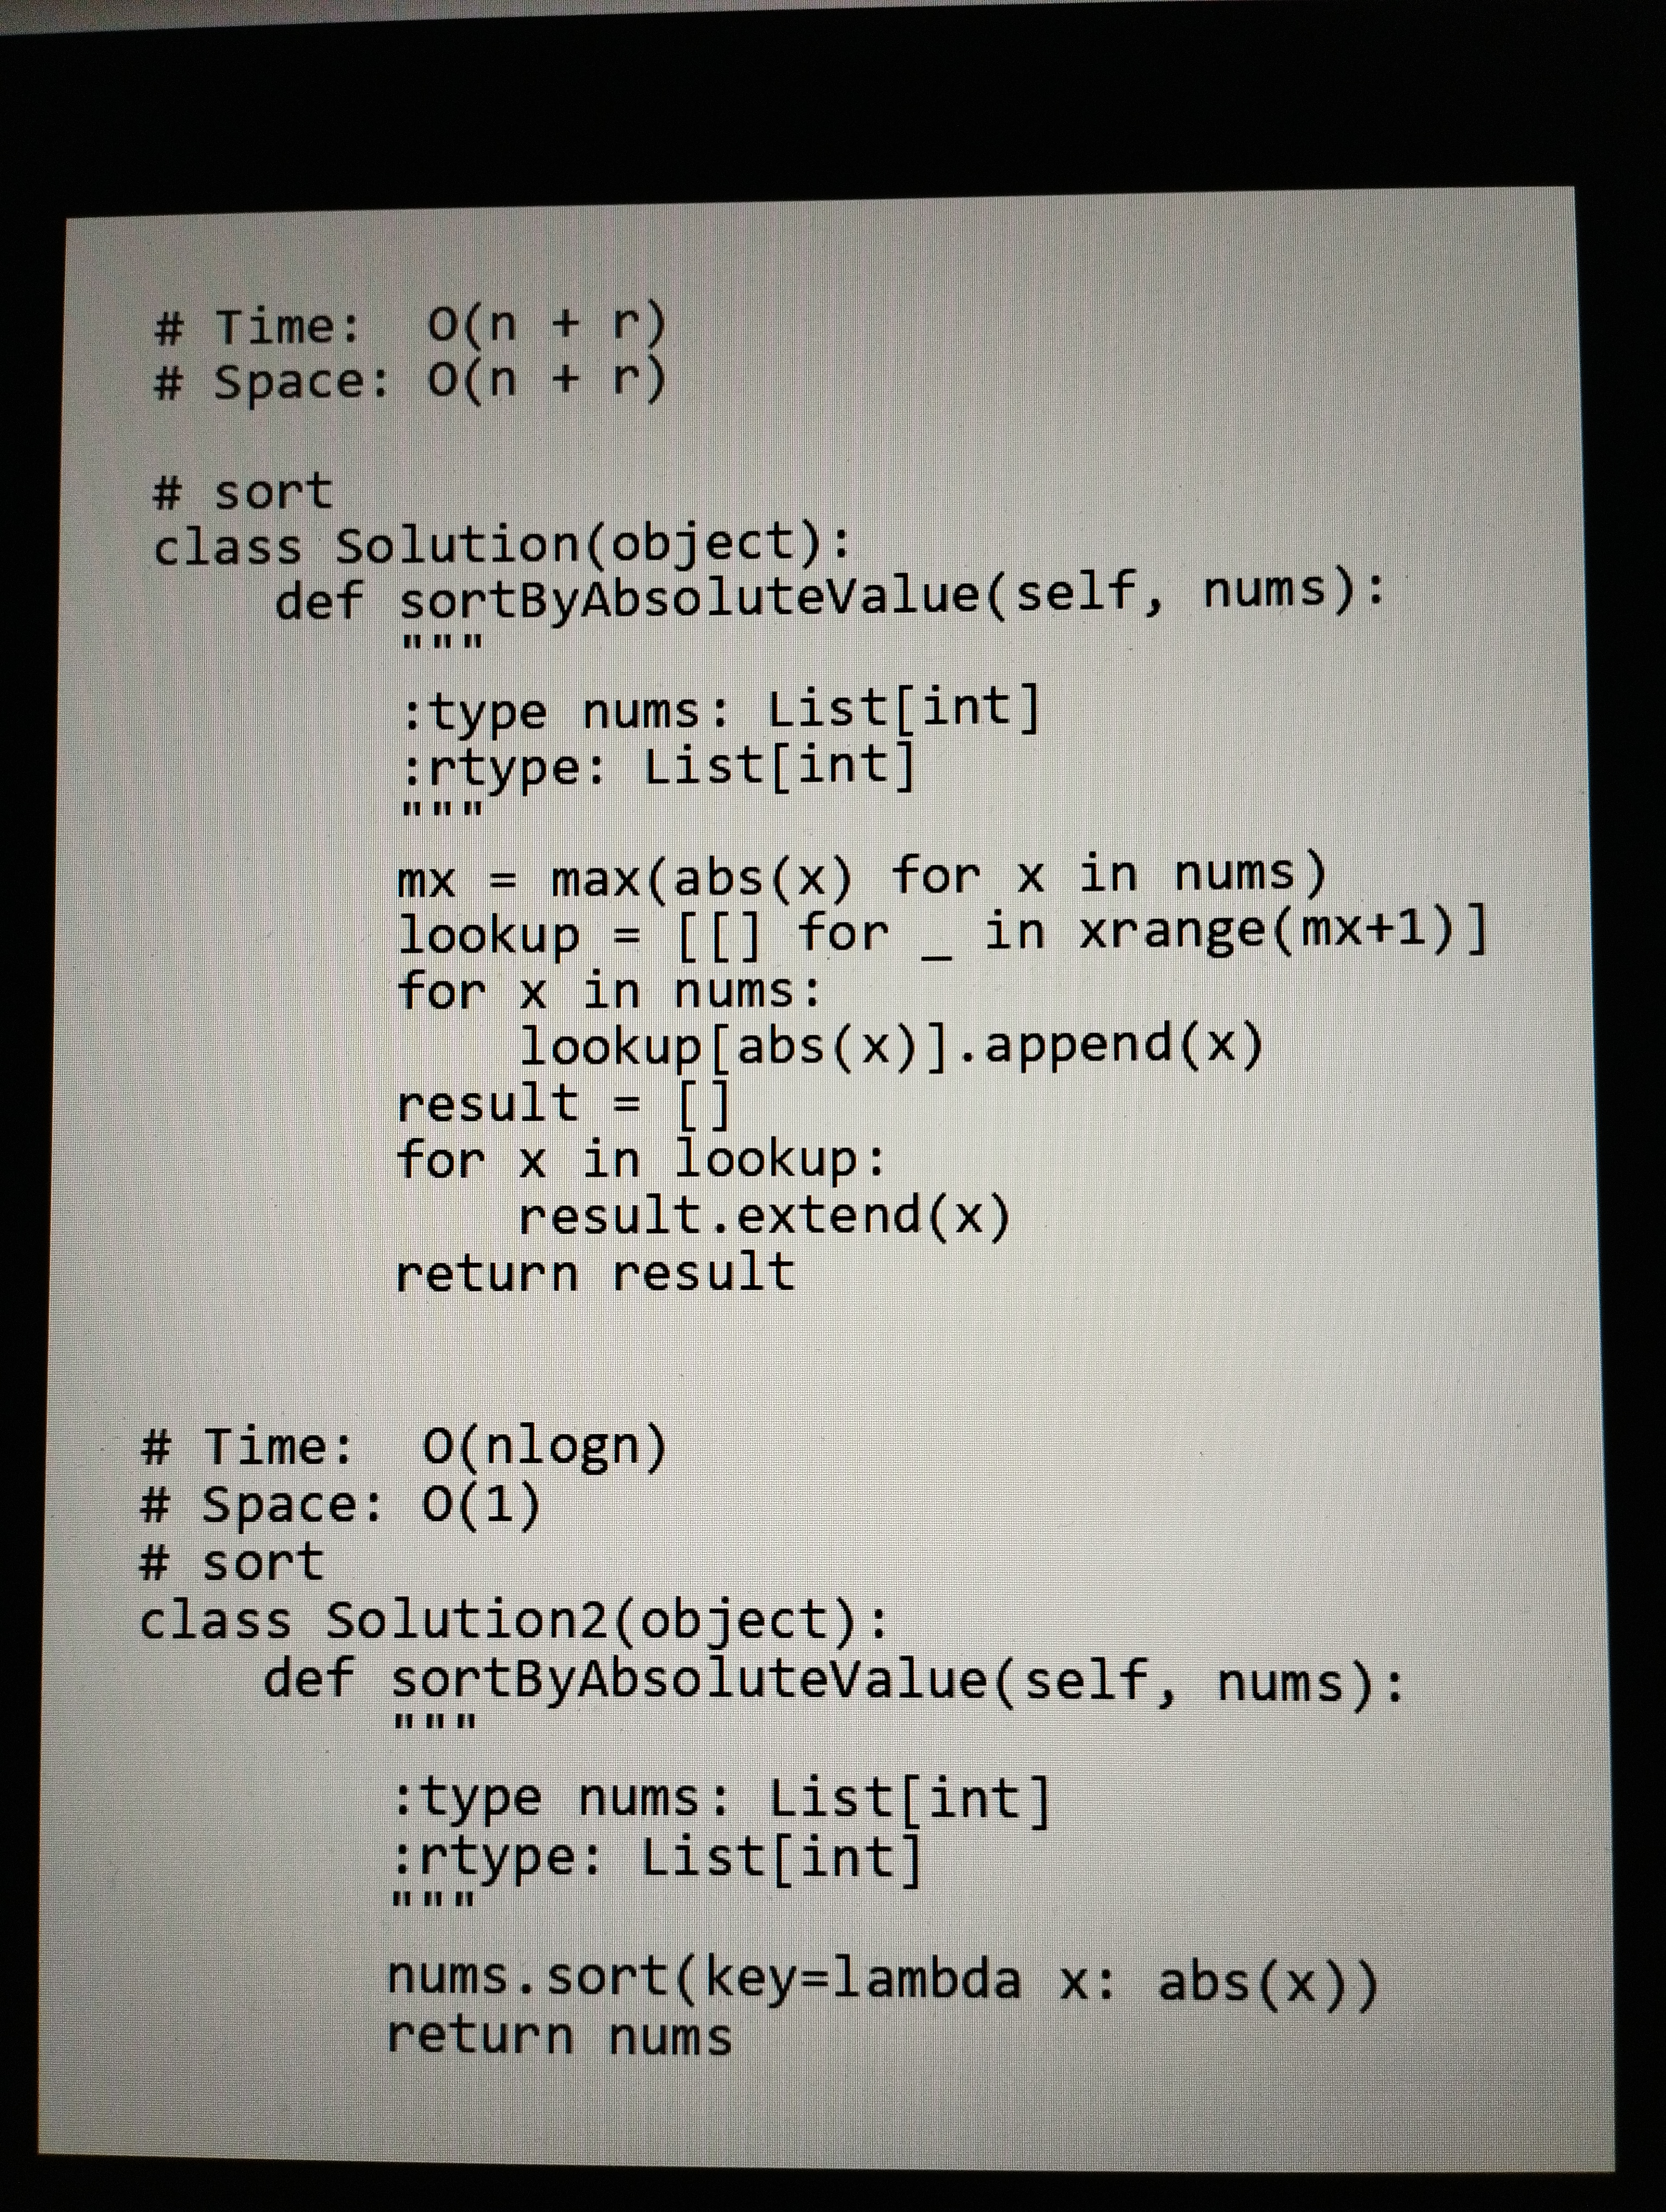
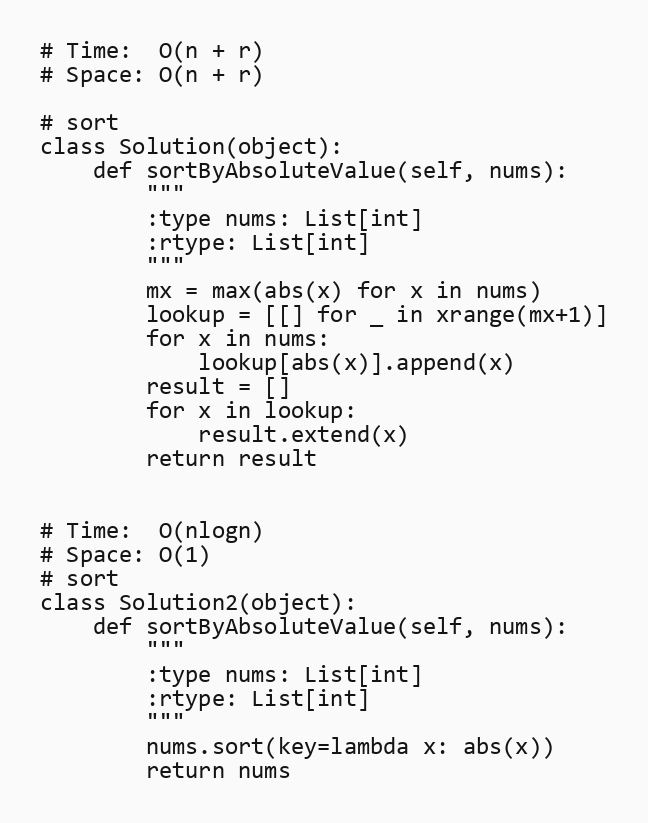
# Time:  O(n + r)
# Space: O(n + r)

# sort
class Solution(object):
    def sortByAbsoluteValue(self, nums):
        """
        :type nums: List[int]
        :rtype: List[int]
        """
        mx = max(abs(x) for x in nums)
        lookup = [[] for _ in xrange(mx+1)]
        for x in nums:
            lookup[abs(x)].append(x)
        result = []
        for x in lookup:
            result.extend(x)
        return result

# Time:  O(nlogn)
# Space: O(1)
# sort
class Solution2(object):
    def sortByAbsoluteValue(self, nums):
        """
        :type nums: List[int]
        :rtype: List[int]
        """
        nums.sort(key=lambda x: abs(x))
        return nums